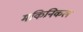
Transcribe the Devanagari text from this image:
मकिनिकल